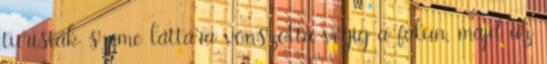
turisták szeme láttára vonszolta végig a falun, majd az